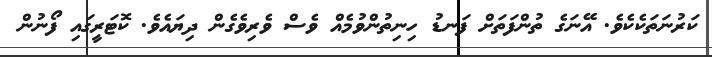
ކަރުނަތަކެކެވެ. އޭނަގެ ތުންފަތަށް ފަނޑު ހިނިތުންވުމެއް ވެސް ވެރިވެގެން ދިޔައެވެ. ކޮޓަރީގައި ފޯނުން